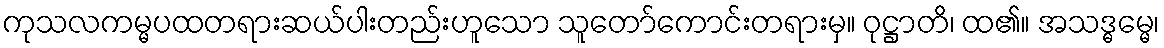
ကုသလကမ္မပထတရားဆယ်ပါးတည်းဟူသော သူတော်ကောင်းတရားမှ။ ဝုဋ္ဌာတိ၊ ထ၏။ အသဒ္ဓမ္မေ၊